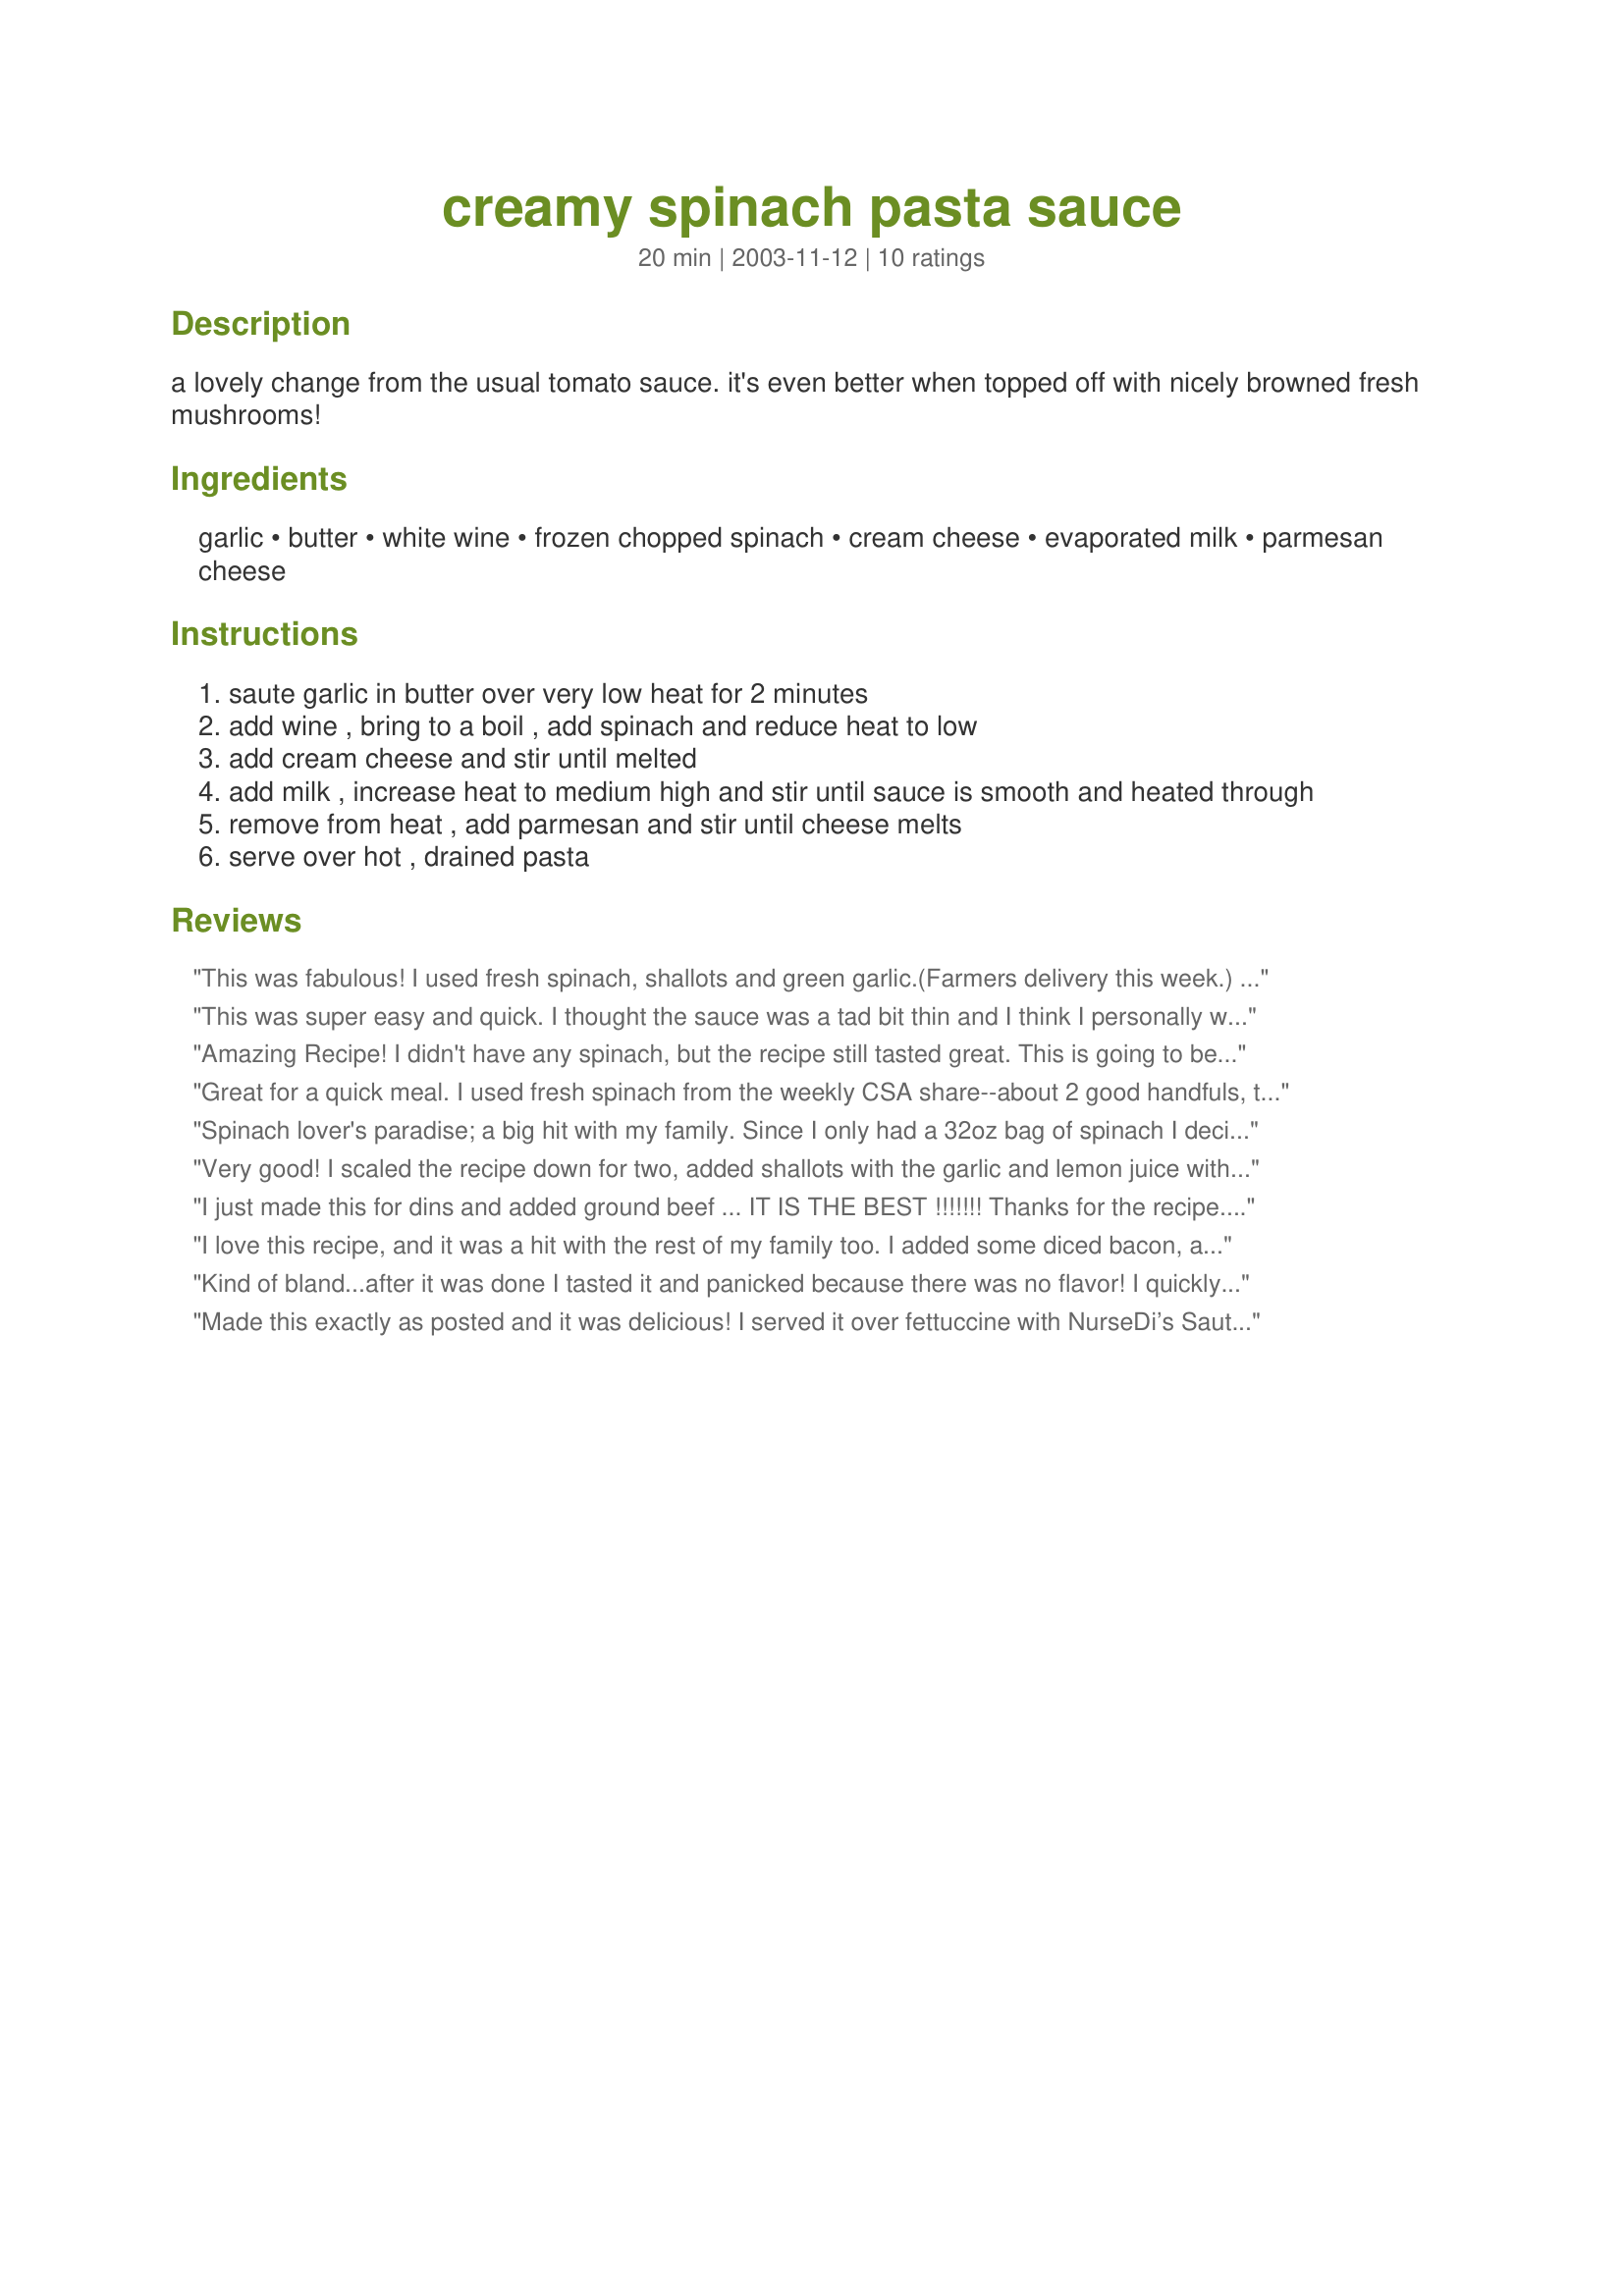
creamy spinach pasta sauce
Preparation time: 20 minutes

a lovely change from the usual tomato sauce. it's even better when topped off with nicely browned fresh mushrooms!

Ingredients:
garlic, butter, white wine, frozen chopped spinach, cream cheese, evaporated milk, parmesan cheese

Steps:
saute garlic in butter over very low heat for 2 minutes
add wine , bring to a boil , add spinach and reduce heat to low
add cream cheese and stir until melted
add milk , increase heat to medium high and stir until sauce is smooth and heated through
remove from heat , add parmesan and stir until cheese melts
serve over hot , drained pasta

Reviews:
This was fabulous! I used fresh spinach, shallots and green garlic.(Farmers delivery this week.) Fresh grated parmesan, salt and fresh ground pepper. Made as a side dish, would definitely stand on it's own as a main course. Thanks, will make again.
This was super easy and quick. I thought the sauce was a tad bit thin and I think I personally would have prefered a little less spinach. I also added a little salt and pepper. Overalll though, I was pleased and it was a nice option for a quick meal.
Amazing Recipe! I didn't have any spinach, but the recipe still tasted great. This is going to be one I make again. Very excellent with mushrooms, and very easy to make!
Great for a quick meal. I used fresh spinach from the weekly CSA share--about 2 good handfuls, torn up and chopped up 2 shallots that went in with the garlic. Vermouth instead of white wine as that&#039;s what I use--it doesn&#039;t go bad once you open like wine does. Used 4 Laughing Cow Garlic and Herb cheese wedges instead of cream cheese, and fat free milk, not evaporated. Added in a few shakes of salt and pepper and tossed with whole wheat fettuccini.
Spinach lover's paradise; a big hit with my family. Since I only had a 32oz bag of spinach I decided to just go ahead and triple everything. I was a bit worried about it being too thin, but once I stirred in the cheese everything came together beautifully. I'll make this many more times for sure.
Very good! I scaled the recipe down for two, added shallots with the garlic and lemon juice with the wine. Delicious!
I just made this for dins and added ground beef ... IT IS THE BEST !!!!!!! Thanks for the recipe. Hope there are leftovers :)
I love this recipe, and it was a hit with the rest of my family too. I added some diced bacon, as well as about half a cup of cheddar cheese in addition to the parmesan, and some salt and pepper. It is a delicious recipe and very easy to make!
Kind of bland...after it was done I tasted it and panicked because there was no flavor! I quickly added more parmasan, nutmeg, lemon juice, cayenne, and a lot of salt and pepper. Then it tasted great! Almost like a less rich spinach dip.
Made this exactly as posted and it was delicious! I served it over fettuccine with NurseDi’s Sautéed Mushrooms recipe #28766 some crusty bread and the rest of the bottle of white wine left after cooking the sauce and the mushrooms. Nice dinner for the two of us with plenty of leftovers for lunch the next day. Thanks!
